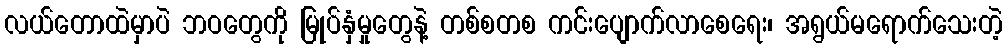
လယ်တောထဲမှာပဲ ဘဝတွေကို မြုပ်နှံမှုတွေနဲ့ တစ်စတစ ကင်းပျောက်လာစေရေး၊ အရွယ်မရောက်သေးတဲ့